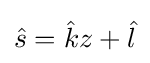
{\hat {s}}={\hat {k}}z+{\hat {l}}